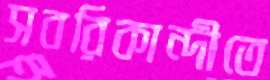
সবরিকান্দীতে